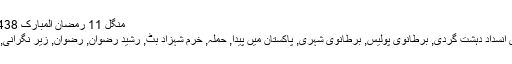
منگل 11 رمضان المبارک 1438 ہجری­ 06 جون 2017ء شمارہ: (14070)
متعلقہ عنوانات‬:آئرش شناخت کا حامل, برطانوی انسداد دہشت گردی, برطانوی پولیس, برطانوی شہری, پاکستان میں پیدا, حملہ, خرم شہزاد بٹ, رشید رضوان, رضوان, زیر نگرانی, سیکورٹی سروسز, لندن, مارک راولی, مراکشی